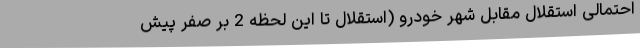
احتمالی استقلال مقابل شهر خودرو (استقلال تا این لحظه 2 بر صفر پیش